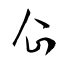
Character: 企